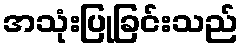
အသုံးပြုခြင်းသည်